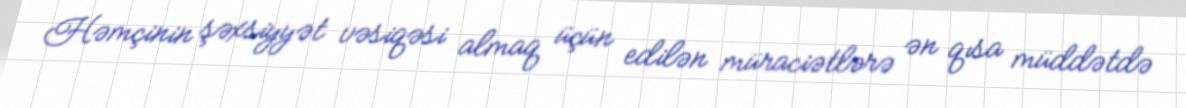
Həmçinin şəxsiyyət vəsiqəsi almaq üçün edilən müraciətlərə ən qısa müddətdə